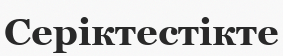
Серіктестікте